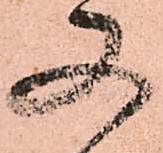
又